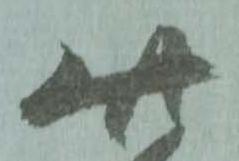
此